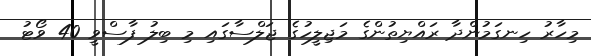
މިހާރު ހިނގަމުންދާ ރައްޔިތުންގެ މަޖިލީހުގެ ޖަލްސާގައި މި ބިލު ފާސްވީ 40 ވޯޓު